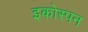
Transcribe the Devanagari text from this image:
इकोस्पन